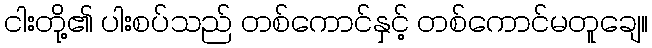
ငါးတို့၏ ပါးစပ်သည် တစ်ကောင်နှင့် တစ်ကောင်မတူချေ။